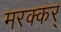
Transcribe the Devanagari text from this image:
मरक्कर्